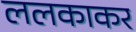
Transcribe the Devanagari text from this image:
ललकाकर